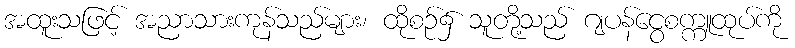
အထူးသဖြင့် အညာသားကုန်သည်များ၊ ထိုစဉ်၌ သူတို့သည် ဂျပန်ငွေစက္ကူထုပ်ကို